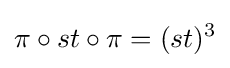
\pi \circ st\circ \pi =(st)^{3}